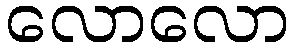
လောလော